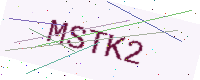
Text: MSTK2